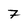
Character: 7